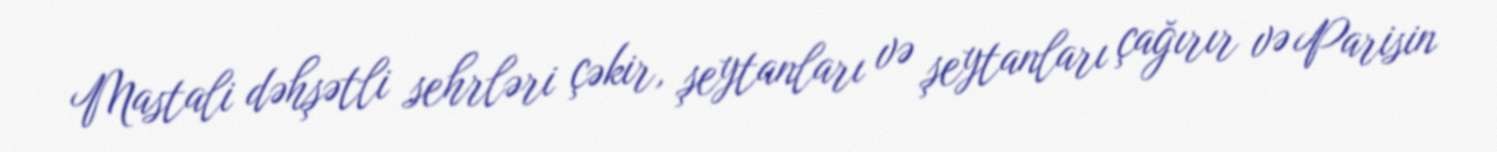
Mastali dəhşətli sehrləri çəkir, şeytanları və şeytanları çağırır və Parisin